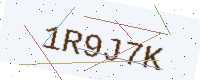
Text: 1R9J7K